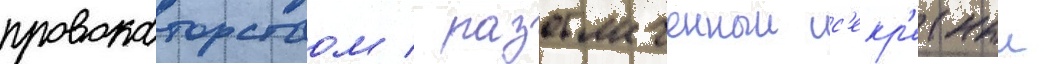
провокаторством / разоблаченныи с'екр'етныи